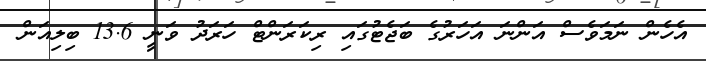
އެހެން ނަމަވެސް އަންނަ އަހަރުގެ ބަޖެޓުގައި ރިކަރަންޓް ހަރަދު ވަނީ 13.6 ބިލިއަން